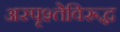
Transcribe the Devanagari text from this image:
अस्पृश्तेविरूद्ध